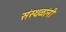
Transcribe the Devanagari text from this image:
संस्थळांनी